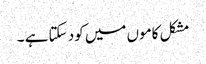
مشکل کاموں میں کود سکتا ہے ۔